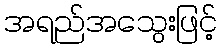
အရည်အသွေးဖြင့်